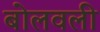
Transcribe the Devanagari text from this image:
बोलवली